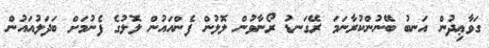
ގަވާޢިދުން އަނބު ބޭނުންކުރާނަމަ ރޭގަނޑު ރޯނާވުން ލޮލުން ފެންއައުން ލޮލުގެ ފެނުމަށް ބަދަލުއައުން